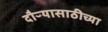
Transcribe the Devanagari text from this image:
दौऱ्यासाठीच्या